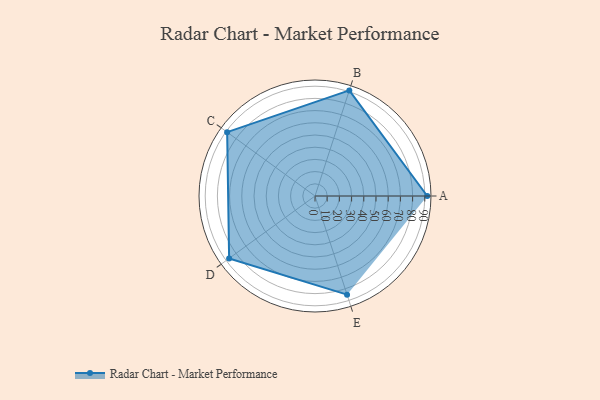
{"axis": {"x": "Skill", "y": "Score"}, "legend": ["Profile"], "data": [{"x": "A", "y": 92.0, "type": "Profile"}, {"x": "B", "y": 91.0, "type": "Profile"}, {"x": "C", "y": 89.0, "type": "Profile"}, {"x": "D", "y": 87.0, "type": "Profile"}, {"x": "E", "y": 85.0, "type": "Profile"}]}